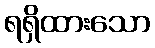
ရရှိထားသော